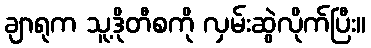
ချာရုက သူ့ဒိုတီစကို လှမ်းဆွဲလိုက်ပြီး။